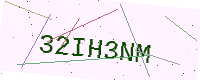
Text: 32IH3NM